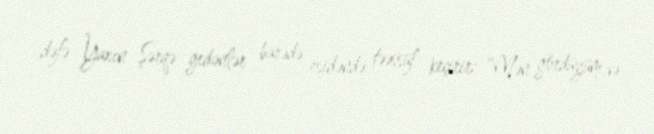
dəfə Yaxın Şərqə gedənlər barədə eşidəndə təəssüf keçirir: “Mən gördüyüm və